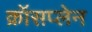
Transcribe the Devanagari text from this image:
क्रॉसप्लेन